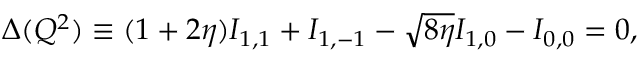
\Delta ( Q ^ { 2 } ) \equiv ( 1 + 2 \eta ) I _ { 1 , 1 } + I _ { 1 , - 1 } - \sqrt { 8 \eta } I _ { 1 , 0 } - I _ { 0 , 0 } = 0 ,